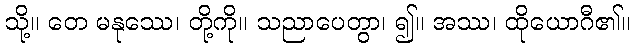
သို့။ တေ မနုဿေ၊ တို့ကို။ သညာပေတွာ၊ ၍။ အဿ၊ ထိုယောဂီ၏။